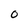
Character: 0